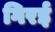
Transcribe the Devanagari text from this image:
गिरई